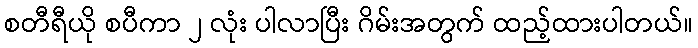
စတီရီယို စပီကာ ၂ လုံး ပါလာပြီး ဂိမ်းအတွက် ထည့်ထားပါတယ်။